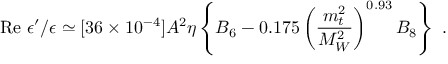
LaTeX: \mathrm { R e } ~ \epsilon ^ { \prime } / \epsilon \simeq [ 3 6 \times 1 0 ^ { - 4 } ] A ^ { 2 } \eta \left\{ B _ { 6 } - 0 . 1 7 5 \left( \frac { m _ { t } ^ { 2 } } { M _ { W } ^ { 2 } } \right) ^ { 0 . 9 3 } B _ { 8 } \right\} ~ .